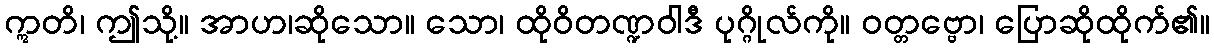
ဣတိ၊ ဤသို့။ အာဟ၊ဆိုသော။ သော၊ ထိုဝိတဏ္ဍဝါဒီ ပုဂ္ဂိုလ်ကို။ ဝတ္တဗ္ဗော၊ ပြောဆိုထိုက်၏။